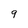
Character: 9